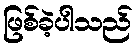
ဖြစ်ခဲ့ပါသည်